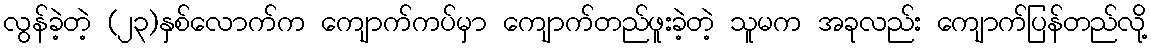
လွန်ခဲ့တဲ့ (၂၃)နှစ်လောက်က ကျောက်ကပ်မှာ ကျောက်တည်ဖူးခဲ့တဲ့ သူမက အခုလည်း ကျောက်ပြန်တည်လို့